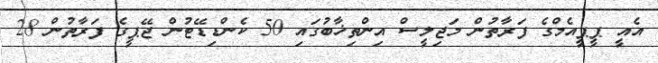
އެއީ ޕީޕީއެމްގެ ފަރާތުން މަޖިލީސް އިންތިޚާބުގައި 50 ކެންޑިޑޭޓުން ޖޭޕީގެ ފަރާތުން 28